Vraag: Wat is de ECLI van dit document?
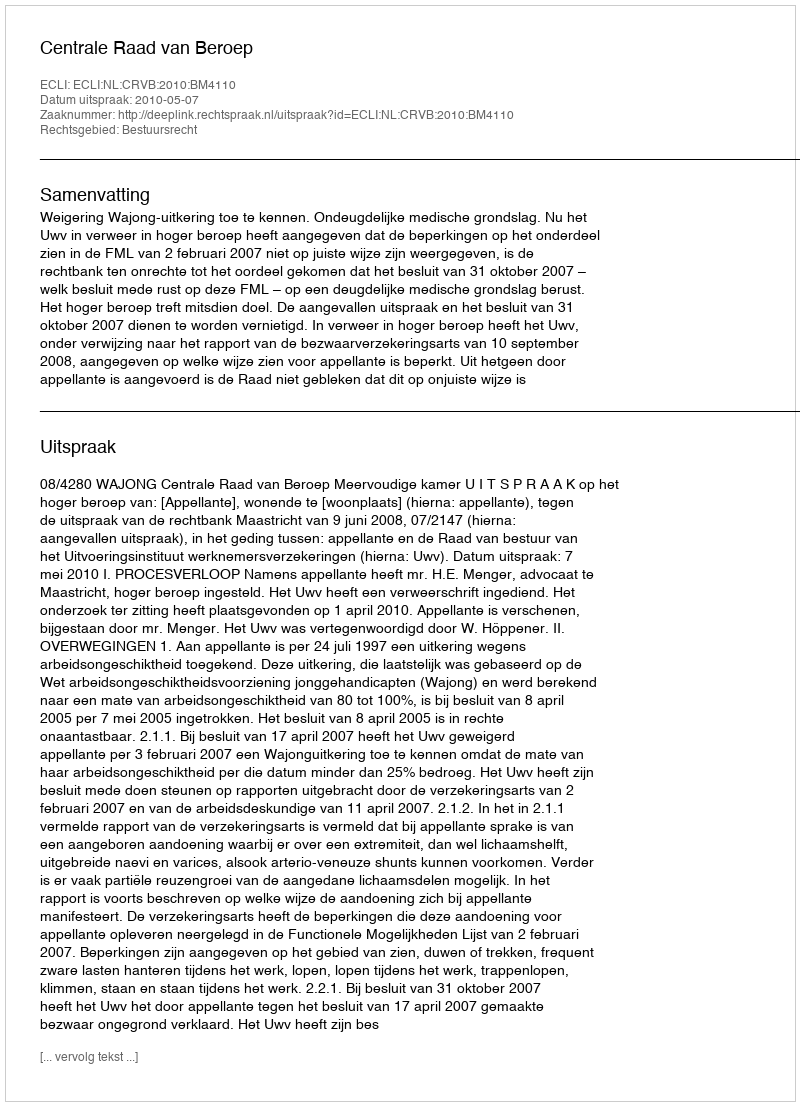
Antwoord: ECLI:NL:CRVB:2010:BM4110